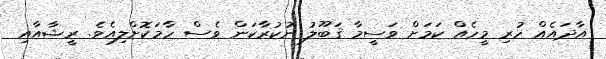
އާދައެއް ހުރި މީހެއް ކަމަށް ވަސީމާ ޤަބޫލު ނުކުރާކަން ވެސް ހާމަކޮށްލިއެވެ. ރީޝާއާއި